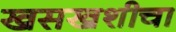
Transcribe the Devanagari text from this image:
खसखशीचा